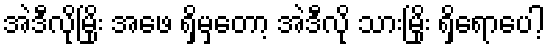
အဲဒီလိုမြိုး အဖေ ရှိမှတော့ အဲဒီလို သားမြိုး ရှိရောပေါ့